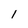
Character: I